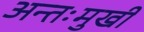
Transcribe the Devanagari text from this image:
अन्तःमुखी